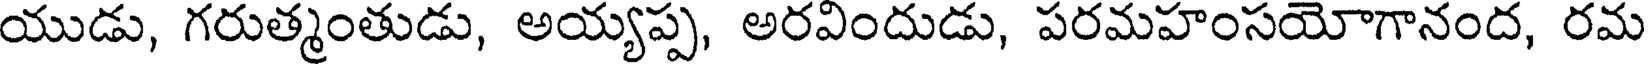
యుడు, గరుత్మంతుడు, అయ్యప్ప, అరవిందుడు, పరమహంసయోగానంద, రమ